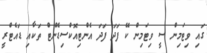
ގައި ވިޓަމިން ސީ ވިޓަމިން ކޭ ފަދަ ފަދަ އެންޓިއޮކްސިޑެންޓް ތަކާއި ޑައެޓްރީ